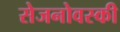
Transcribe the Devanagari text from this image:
सेजनोवस्की